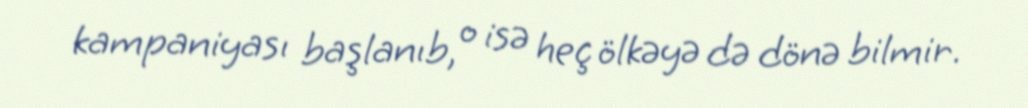
kampaniyası başlanıb, o isə heç ölkəyə də dönə bilmir.